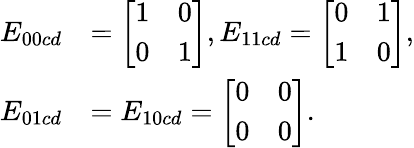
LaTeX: \begin{array}{rl}{E_{00cd}}&{=\left[\begin{array}{ll}{1}&{0}\\ {0}&{1}\end{array}\right],E_{11cd}=\left[\begin{array}{ll}{0}&{1}\\ {1}&{0}\end{array}\right],}\\ {E_{01cd}}&{=E_{10cd}=\left[\begin{array}{ll}{0}&{0}\\ {0}&{0}\end{array}\right].}\end{array}